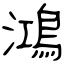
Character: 鴻